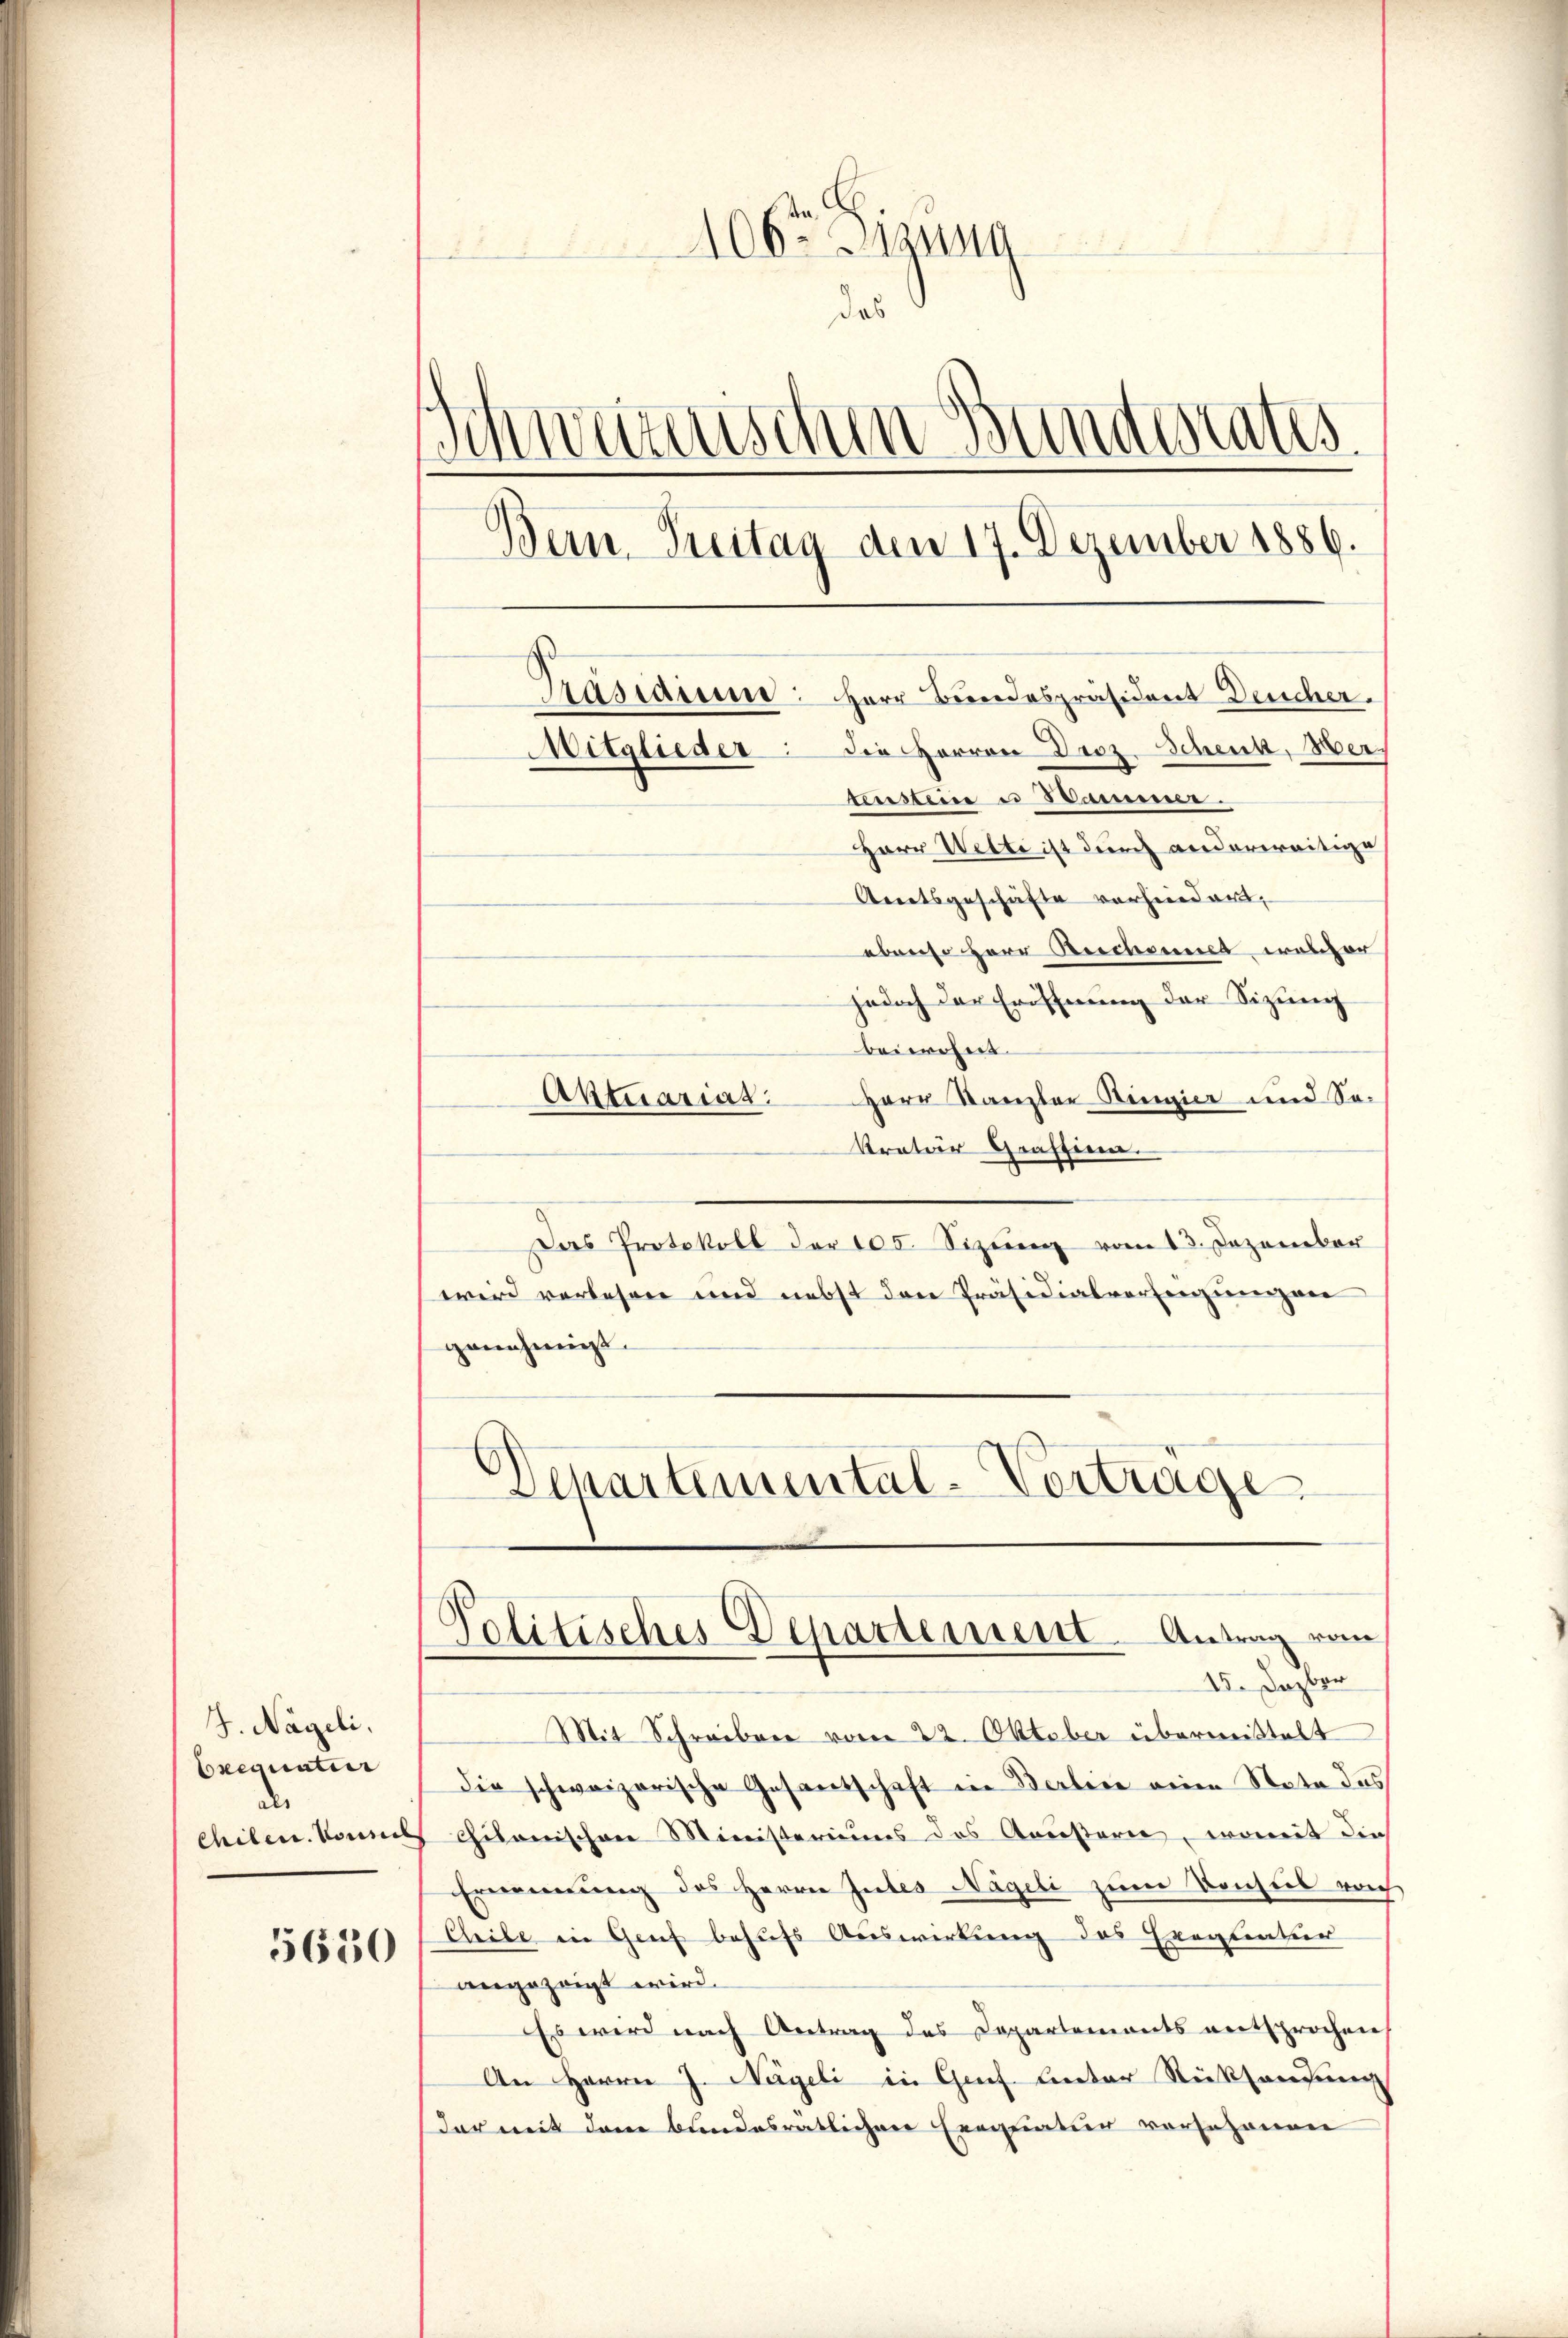
J. Nägeli.
Exequatur
de
Chilen. Von

5650

25
106 Janua
das
Schwarenschen Bunderates.
)
Wein Treitag den 17. Dezember 1886.
Präsidium: Herr Bundespräsident Deucher.
Mitglieder: die Herren Droz. Schenk, Hertensteine u Stammer.
Herr Wetti ist durch anderweitige
Arnetsgeschäfte vorhindert,
ebenso Herr Reichnet welcher

jedoch der Eröffnung der Sizung
beiwohnt.
Herr Kanzler Ringier und So¬
Aktuariat.
kretär Graffina
Das Protokoll der 105. Sizŭng vom 13. Dezember
wird verlesen und nebst den Präsidialvorsorgungen
genehmigt.
Departemental-Vortrage

Politisches Departement. Antrag vom
15. Dazber

Mit Schreiben vom 22. Oktober übermittelt
die schweizerische Gesandschaft in Berlice einen Note das
Chitonischen Ministeriums des Ameisterie, womit die
Ernennung des Herrn Gutes Nägeli zum Vorsich noch
Eleibe in Genf behufs Auswirkung des Exequatur
angezeigt wird.
Es wird nach Antrag des Departements entsprochen
An Herrn J. Nägeli in Genf unter Rücksendung
dar mit dem bundesrätlichen Exequatur vorschonen